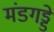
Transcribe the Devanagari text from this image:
मंडगड्डे